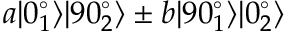
a | 0 _ { 1 } ^ { \circ } \rangle | 9 0 _ { 2 } ^ { \circ } \rangle \pm b | 9 0 _ { 1 } ^ { \circ } \rangle | 0 _ { 2 } ^ { \circ } \rangle